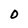
Character: O